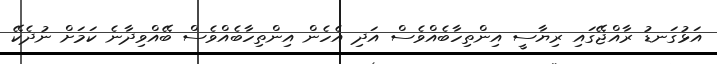
އަޅުގަނޑު ރާއްޖޭގައި ރިޔާސީ އިންތިހާބެއްވެސް އަދި އެހެން އިންތިހާބެއްވެސް ބޭއްވިދާނެ ކަމަށް ނުދެކޭ